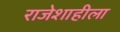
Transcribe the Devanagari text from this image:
राजेशाहीला